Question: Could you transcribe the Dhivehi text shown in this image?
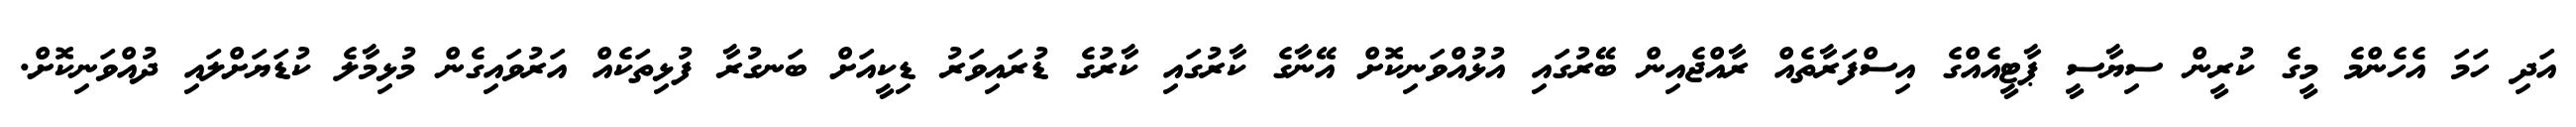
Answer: އަދި ހަމަ އެހެންމެ މީގެ ކުރީން ސިޔާސީ ޕާޓީއެއްގެ އިސްފަރާތެއް ރާއްޖެއިން ބޭރުގައި އުޅުއްވަނިކޮށް އޭނާގެ ކާރުގައި ކާރުގެ ޑުރައިވަރު ޑިކީއަށް ބަނގުރާ ފުޅިތަކެއް އަރުވައިގެން މުޅިމާލެ ކުޑަޔަށްލައި ދުއްވަނިކޮށް.